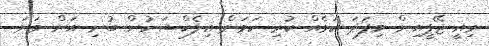
މިއީ ޖޭޕީއިން މިފަދަ ކަމެއް ކުރި ކަމަށް އިލެކްޝަނުން ބުނި އަށް ވަނަ